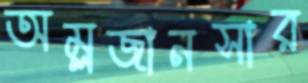
অম্লজানসার